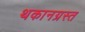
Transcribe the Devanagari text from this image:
थकानग्रस्त